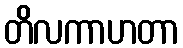
တိလကာဟတာ